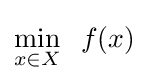
\min \limits _{x\in X}\;\;f(x)